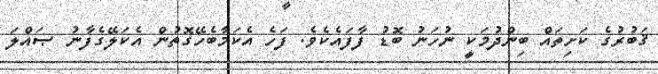
ޤަބުރުގެ ކަށިތައް ބިންދުމަކީ ނުހަނު ބޮޑު ފާފައެކެވެ. ފަހެ އެކަމާބެހޭގޮތުން އެކަލޭގެފާނު ޞައްލަ